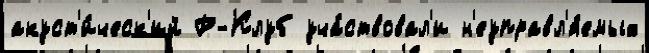
акуст'и́ческ'ий Р-Клуб уча́ствовал'и н'еуправл'я́емых